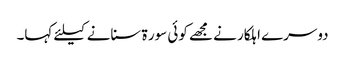
دوسرے اہلکار نے مجھے کوئی سور ۃ سنانے کیلئے کہا۔